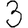
Digit: 3